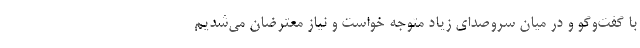
با گفت‌و‌گو و در میان سروصدای زیاد متوجه خواست و نیاز معترضان می‌شدیم